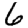
Digit: 6